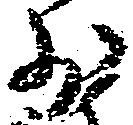
少